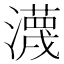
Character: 瀎